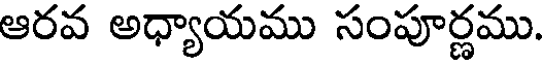
ఆరవ అధ్యాయము సంపూర్ణము.